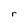
Character: r